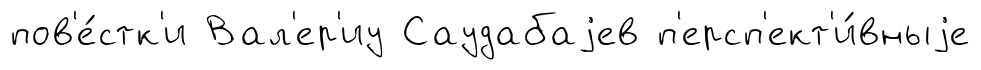
пов'е́стк'и Вал'ер'иу Саудабаjев п'ерсп'ект'и́вныjе